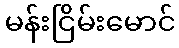
မန်းငြိမ်းမောင်